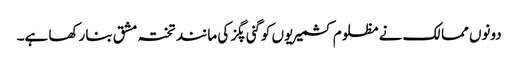
دونوں ممالک نے مظلوم کشمیریوں کو گنی پگز کی مانند تختہ مشق بنا رکھا ہے۔